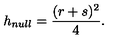
h _ { n u l l } = \frac { ( r + s ) ^ { 2 } } { 4 } .